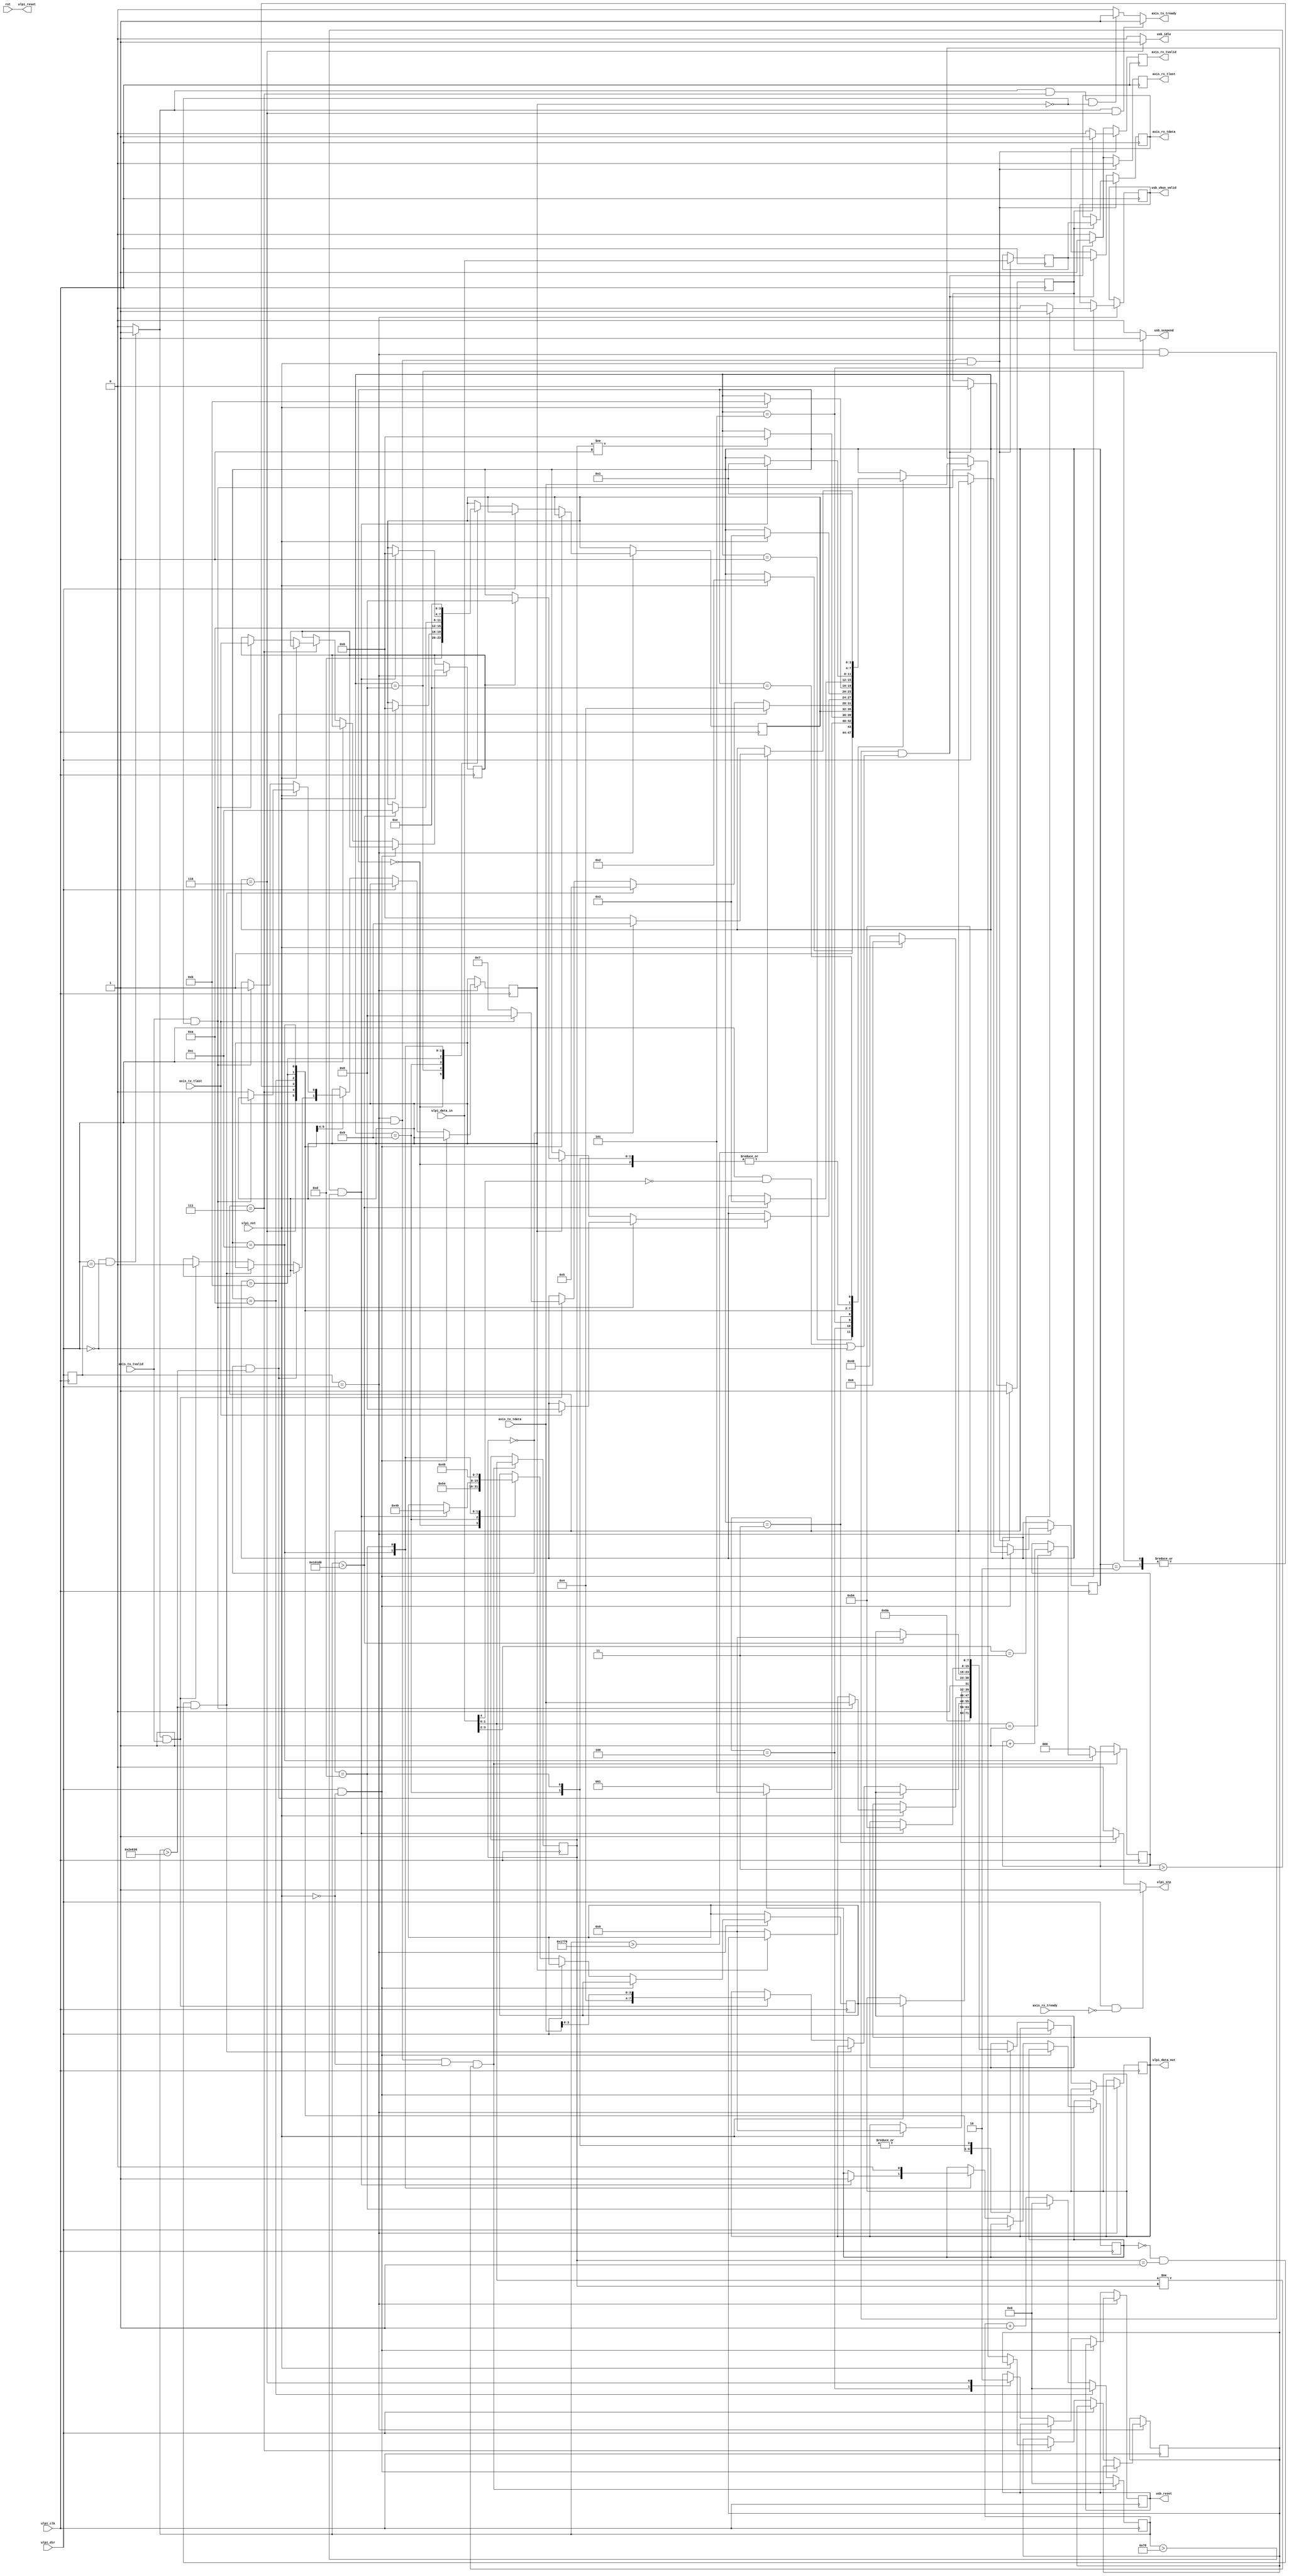
`timescale 1ns / 1ps
//////////////////////////////////////////////////////////////////////////////////
// Company:
// 
// Design Name: 
// Module Name: usb_ulpi
// Project Name: axis_usbd
// Target Devices:
// Tool Versions:
// Description: 
// 
// Dependencies: 
// 
// Revision:
// Revision 0.01 - File Created
// Additional Comments:
// Based on project 'https://github.com/ObKo/USBCore'
// License: MIT
//  Copyright (c) 2021 Dmitry Matyunin
//  Permission is hereby granted, free of charge, to any person obtaining a copy
//  of this software and associated documentation files (the "Software"), to deal
//  in the Software without restriction, including without limitation the rights
//  to use, copy, modify, merge, publish, distribute, sublicense, and/or sell
//  copies of the Software, and to permit persons to whom the Software is
//  furnished to do so, subject to the following conditions:
//
//  The above copyright notice and this permission notice shall be included in
//  all copies or substantial portions of the Software.
//
//  THE SOFTWARE IS PROVIDED "AS IS", WITHOUT WARRANTY OF ANY KIND, EXPRESS OR
//  IMPLIED, INCLUDING BUT NOT LIMITED TO THE WARRANTIES OF MERCHANTABILITY
//  FITNESS FOR A PARTICULAR PURPOSE AND NONINFRINGEMENT. IN NO EVENT SHALL THE
//  AUTHORS OR COPYRIGHT HOLDERS BE LIABLE FOR ANY CLAIM, DAMAGES OR OTHER
//  LIABILITY, WHETHER IN AN ACTION OF CONTRACT, TORT OR OTHERWISE, ARISING FROM,
//  OUT OF OR IN CONNECTION WITH THE SOFTWARE OR THE USE OR OTHER DEALINGS IN
//  THE SOFTWARE.
//
//////////////////////////////////////////////////////////////////////////////////

module usb_ulpi #(
	parameter integer HIGH_SPEED = 1
)
(
	input wire rst,
	/* ULPI PHY signals */
	input wire [7:0]ulpi_data_in,
	output wire [7:0]ulpi_data_out,
	input wire ulpi_dir,
	input wire ulpi_nxt,
	output wire ulpi_stp,
	output wire ulpi_reset,
	input wire ulpi_clk,
	/* RX AXI-Stream, first data is PID */
	output wire axis_rx_tvalid,
	input wire axis_rx_tready,
	output wire axis_rx_tlast,
	output wire [7:0]axis_rx_tdata,
	/* TX AXI-Stream, first data should be PID (in 4 least significant bits) */
	input wire axis_tx_tvalid,
	output wire axis_tx_tready,
	input wire axis_tx_tlast,
	input wire [7:0]axis_tx_tdata,
	output wire usb_vbus_valid,		/* VBUS has valid voltage */
	output wire usb_reset,			/* USB bus is in reset state */
	output wire usb_idle,			/* USB bus is in idle state */
	output wire usb_suspend			/* USB bus is in suspend state */
);

localparam integer SUSPEND_TIME = 190000;  	// ~3 ms
localparam integer RESET_TIME  = 190000; 	// ~3 ms
localparam integer CHIRP_K_TIME = 66000;  	// ~1 ms
localparam integer CHIRP_KJ_TIME = 120;    	// ~2 us
localparam integer SWITCH_TIME = 6000;   	// ~100 us 

localparam [3:0]
	STATE_INIT = 4'h0, 
	STATE_WRITE_REGA = 4'h1,
	STATE_WRITE_REGD = 4'h2,
	STATE_STP = 4'h3,
	STATE_RESET = 4'h4,
	STATE_SUSPEND = 4'h5,
	STATE_IDLE = 4'h6,
	STATE_TX = 4'h7,
	STATE_TX_LAST = 4'h8,
	STATE_CHIRP_START = 4'h9,
	STATE_CHIRP_STARTK = 4'hA,
	STATE_CHIRPK = 4'hB,
	STATE_CHIRPKJ = 4'hC,
	STATE_SWITCH_FSSTART = 4'hD,
	STATE_SWITCH_FS = 4'hE;

reg [3:0]state = STATE_INIT;
reg [3:0]state_after;

reg dir_d;
wire [3:0]tx_pid;
reg [7:0]reg_data;
reg [7:0]buf_data;
reg buf_last;
reg buf_valid;

wire tx_eop;
wire bus_tx_ready;

reg [2:0]chirp_kj_counter;
reg hs_enabled = 1'b0;

reg [1:0]usb_line_state;
reg [17:0]state_counter;

reg packet = 1'b0;
reg [7:0]packet_buf;

reg rx_tvalid;
reg rx_tlast;
reg [7:0]rx_tdata;
reg tx_ready;

reg usb_vbus_valid_out;
reg [7:0]ulpi_data_out_buf;
reg usb_reset_out;

assign axis_rx_tvalid = rx_tvalid;
assign axis_rx_tlast = rx_tlast;
assign axis_rx_tdata = rx_tdata;

assign ulpi_stp = ((ulpi_dir == 1'b1) && (axis_rx_tready == 1'b0)) ? 1'b1 : ((state == STATE_STP) ? 1'b1 : 1'b0);
assign ulpi_reset = rst;
assign bus_tx_ready = ((ulpi_dir == 1'b0) && (ulpi_dir == dir_d)) ? 1'b1 : 1'b0;
assign axis_tx_tready = tx_ready;
assign usb_idle = (state == STATE_IDLE) ? 1'b1 : 1'b0;
assign usb_suspend = (state == STATE_SUSPEND) ? 1'b1 : 1'b0;

assign usb_vbus_valid = usb_vbus_valid_out;
assign ulpi_data_out = ulpi_data_out_buf;
assign usb_reset = usb_reset_out;

always @(posedge ulpi_clk) begin
	if ((dir_d == ulpi_dir) && (ulpi_dir == 1'b1) && (ulpi_nxt == 1'b1)) begin
		packet_buf <= ulpi_data_in;
		if (packet == 1'b0) begin
			rx_tvalid <= 1'b0;
			packet <= 1'b1;
		end else begin
			rx_tdata <= packet_buf;
			rx_tvalid <= 1'b1;
		end
		rx_tlast <= 1'b0;
	end else if ((packet == 1'b1) && (dir_d == ulpi_dir) && ( ((ulpi_dir == 1'b1) && (ulpi_data_in[4] == 1'b0)) || (ulpi_dir == 1'b0) ) ) begin
		rx_tdata <= packet_buf;
        rx_tvalid <= 1'b1;
        rx_tlast <= 1'b1;
        packet <= 1'b0;
	end else begin
		rx_tvalid <= 1'b0;
		rx_tlast <= 1'b0;
	end
end

always @(posedge ulpi_clk) begin
	if ((dir_d == ulpi_dir) && (ulpi_dir == 1'b1) && (ulpi_nxt == 1'b0) && (ulpi_data_in[1:0] != usb_line_state)) begin
		if (state == STATE_CHIRPKJ) begin
			if (ulpi_data_in[1:0] == 2'b01) begin
				chirp_kj_counter <= chirp_kj_counter + 1;
			end
		end else begin
			chirp_kj_counter <= 0;
		end
		usb_line_state <= ulpi_data_in[1:0];
		state_counter <= 0;
	end else if (state == STATE_CHIRP_STARTK) begin
		state_counter <= 0;
	end else if (state == STATE_SWITCH_FSSTART) begin
		state_counter <= 0;
	end else begin
		state_counter <= state_counter + 1;
	end
end

always @(posedge ulpi_clk) begin
	dir_d <= ulpi_dir;
	if (dir_d == ulpi_dir) begin
		if ((ulpi_dir == 1'b1) && (ulpi_nxt == 1'b0)) begin
			if (ulpi_data_in[3:2] == 2'b11) begin
				usb_vbus_valid_out <= 1'b1;
			end else begin
				usb_vbus_valid_out <= 1'b0;
			end
		end else if (ulpi_dir == 1'b0) begin
			case (state)
			STATE_INIT: begin
				ulpi_data_out_buf <= 8'h8A;
				reg_data <= 8'h00;
				state <= STATE_WRITE_REGA;
				state_after <= STATE_SWITCH_FSSTART;
			end
			STATE_WRITE_REGA: begin
				if (ulpi_nxt == 1'b1) begin
					ulpi_data_out_buf <= reg_data;
					state <= STATE_WRITE_REGD;
				end
			end
			STATE_WRITE_REGD: begin
				if (ulpi_nxt == 1'b1) begin
					ulpi_data_out_buf <= 8'h00;
					state <= STATE_STP;
				end
			end
			STATE_RESET: begin
				usb_reset_out <= 1'b1;
				if ((hs_enabled == 1'b0) && (HIGH_SPEED == 1)) begin
					state <= STATE_CHIRP_START;
				end else if (HIGH_SPEED == 1) begin
					state <= STATE_SWITCH_FSSTART;
				end else begin
					if (usb_line_state != 2'b00) begin
						state <= STATE_IDLE;
					end
				end
			end
			STATE_SUSPEND: begin
				if (usb_line_state != 2'b01) begin
					state <= STATE_IDLE;
				end
			end
			STATE_STP: begin
				state <= state_after;
			end
			STATE_IDLE: begin
				usb_reset_out <= 1'b0;
				if ((usb_line_state == 2'b00) && (state_counter > RESET_TIME)) begin
					state <= STATE_RESET;
				end else if ((hs_enabled == 1'b0) && (usb_line_state == 2'b01) && (state_counter > SUSPEND_TIME)) begin
					state <= STATE_SUSPEND;
				end else if ((bus_tx_ready == 1'b1) && (axis_tx_tvalid == 1'b1)) begin
					ulpi_data_out_buf <= {4'b0100, axis_tx_tdata[3:0]};
					buf_valid <= 1'b0;
					if (axis_tx_tlast == 1'b1) begin
						state <= STATE_TX_LAST;
					end else begin
						state <= STATE_TX;
					end
				end
			end
			STATE_TX: begin
				if (ulpi_nxt == 1'b1) begin
					if ((axis_tx_tvalid == 1'b1) && (buf_valid == 1'b0)) begin
						ulpi_data_out_buf <= axis_tx_tdata;
						if (axis_tx_tlast == 1'b1) begin
							state <= STATE_TX_LAST;
						end
					end else if (buf_valid == 1'b1) begin
						ulpi_data_out_buf <= buf_data;
						buf_valid <= 1'b0;
						if (buf_last == 1'b1) begin
							state <= STATE_TX_LAST;
						end
					end else begin
						ulpi_data_out_buf <= 8'h00;
					end
				end else begin
					if ((axis_tx_tvalid == 1'b1) && (buf_valid == 1'b0)) begin
						buf_data <= axis_tx_tdata;
						buf_last <= axis_tx_tlast;
						buf_valid <= 1'b1;
					end
				end
			end
			STATE_TX_LAST: begin
				if (ulpi_nxt == 1'b1) begin
					ulpi_data_out_buf <= 8'h00;
					state_after <= STATE_IDLE;
					state <= STATE_STP;
				end
			end       
			STATE_CHIRP_START: begin
				reg_data <= 8'b0_1_0_10_1_00;
				ulpi_data_out_buf <= 8'h84;
				state <= STATE_WRITE_REGA;
				state_after <= STATE_CHIRP_STARTK;
			end
			STATE_CHIRP_STARTK: begin
				if (ulpi_nxt == 1'b1) begin
					ulpi_data_out_buf <= 8'h00;
					state <= STATE_CHIRPK;
				end else begin
					ulpi_data_out_buf <= 8'h40;
				end
			end
			STATE_CHIRPK: begin
				if (state_counter > CHIRP_K_TIME) begin
					ulpi_data_out_buf <= 8'h00;
					state <= STATE_STP;
					state_after <= STATE_CHIRPKJ;
				end
			end
			STATE_CHIRPKJ: begin 
				if ((chirp_kj_counter > 3) && (state_counter > CHIRP_KJ_TIME)) begin
					reg_data <= 8'b0_1_0_00_0_00;
					ulpi_data_out_buf <= 8'h84;
					state <= STATE_WRITE_REGA;
					state_after <= STATE_IDLE;
					hs_enabled <= 1'b1;
				end
			end
			STATE_SWITCH_FSSTART: begin
				reg_data <= 8'b0_1_0_00_1_01;
				ulpi_data_out_buf <= 8'h84;
				state <= STATE_WRITE_REGA;
				hs_enabled <= 1'b0;
				state_after <= STATE_SWITCH_FS;
			end
			STATE_SWITCH_FS: begin
				if (state_counter > SWITCH_TIME) begin
					if ((usb_line_state == 2'b00) && (HIGH_SPEED == 1)) begin
						state <= STATE_CHIRP_START;
					end else begin
						state <= STATE_IDLE;
					end
				end
			end
			endcase
		end
	end
end

always @(*) begin
	if ((bus_tx_ready == 1'b1) && (state == STATE_IDLE)) begin
		tx_ready <= 1'b1;
	end else if ((bus_tx_ready == 1'b1) && (state == STATE_TX) && (buf_valid == 1'b0)) begin
		tx_ready <= 1'b1;
	end else
		tx_ready <= 1'b0;
end

endmodule